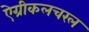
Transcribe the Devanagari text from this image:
ऐग्रीकलचरल